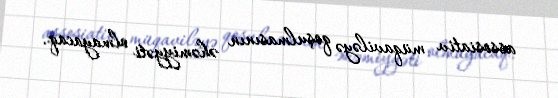
assosiativ müqaviləyə qoşulmasının əhəmiyyəti olmayacaq.